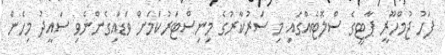
ފަހު ޖުމްހޫރީ ޕާޓީގެ ސްލޮޓެއްގައި މި ސަރުކާރުގެ މިނިސްޓަރުކަމަށް ވަޑައިގެންނެވި ސައީދު މިހެން